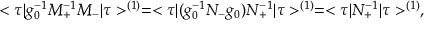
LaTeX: < \tau \vert g _ { 0 } ^ { - 1 } M _ { + } ^ { - 1 } M _ { - } \vert \tau > ^ { ( 1 ) } = < \tau \vert ( g _ { 0 } ^ { - 1 } N _ { - } g _ { 0 } ) N _ { + } ^ { - 1 } \vert \tau > ^ { ( 1 ) } = < \tau \vert N _ { + } ^ { - 1 } \vert \tau > ^ { ( 1 ) } ,